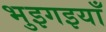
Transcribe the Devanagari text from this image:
भुइगइयाँ